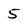
Character: 5